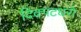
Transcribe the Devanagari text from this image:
दिक्पटधरो